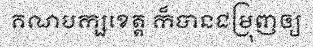
គណបក្សខេត្ត ក៏បានជម្រុញឲ្យ